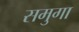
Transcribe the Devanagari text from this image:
समुगा